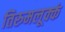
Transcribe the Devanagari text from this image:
तिरुमलूक्कं